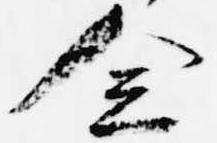
念